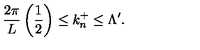
\frac { 2 \pi } { L } \left( \frac { 1 } { 2 } \right) \leq k _ { n } ^ { + } \leq \Lambda ^ { \prime } .